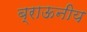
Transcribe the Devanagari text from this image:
ब्राऊनीय